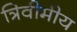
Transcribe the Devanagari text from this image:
त्रिवीमीय